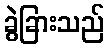
ခွဲခြားသည်